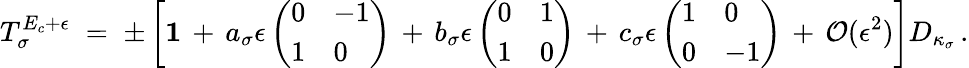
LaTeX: T_{\sigma}^{E_{c}+\epsilon}\; =\; \pm\left[\mathbf{1}\, +\, a_{\sigma}\epsilon\left(\begin{array}{ll}{0}&{-1}\\ {1}&{0}\end{array}\right)\, +\, b_{\sigma}\epsilon\left(\begin{array}{ll}{0}&{1}\\ {1}&{0}\end{array}\right)\, +\, c_{\sigma}\epsilon\left(\begin{array}{ll}{1}&{0}\\ {0}&{-1}\end{array}\right)\, +\, \mathcal{O}(\epsilon^{2})\right]D_{\kappa_{\sigma}}\, .